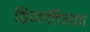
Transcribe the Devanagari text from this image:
द्विजातिगण